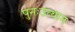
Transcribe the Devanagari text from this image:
पुनःउत्थान